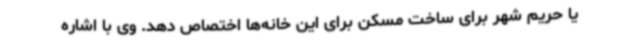
یا حریم شهر برای ساخت مسکن برای این خانه‌ها اختصاص دهد. وی با اشاره